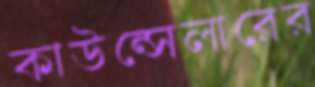
কাউন্সেলারের